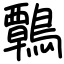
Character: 鷣